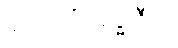
၄ - ပရိသုဒ္ဓါဇီဝ။